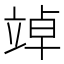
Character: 竨